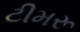
ટીમરૂ